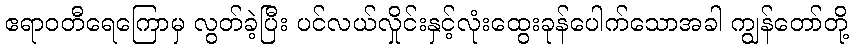
ဧရာဝတီရေကြောမှ လွတ်ခဲ့ပြီး ပင်လယ်လှိုင်းနှင့်လုံးထွေးခုန်ပေါက်သောအခါ ကျွန်တော်တို့